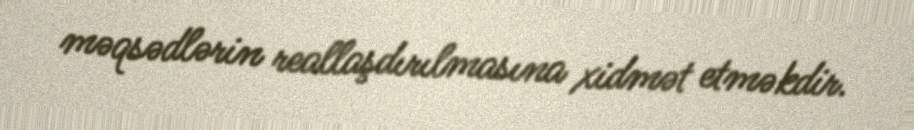
məqsədlərin reallaşdırılmasına xidmət etməkdir.